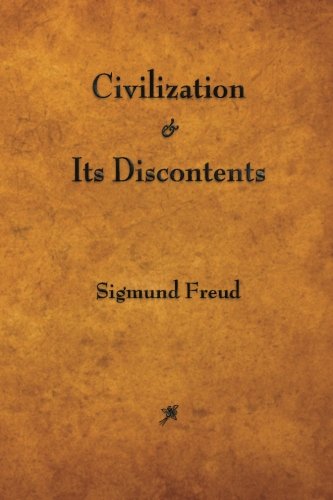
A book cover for Civilization and Its Discontents; Sigmund Freud; Medical Books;